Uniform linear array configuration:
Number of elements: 32
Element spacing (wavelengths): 1
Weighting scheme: uniform
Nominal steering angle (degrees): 30
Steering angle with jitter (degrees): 31.53
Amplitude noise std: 0.05
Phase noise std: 0.05

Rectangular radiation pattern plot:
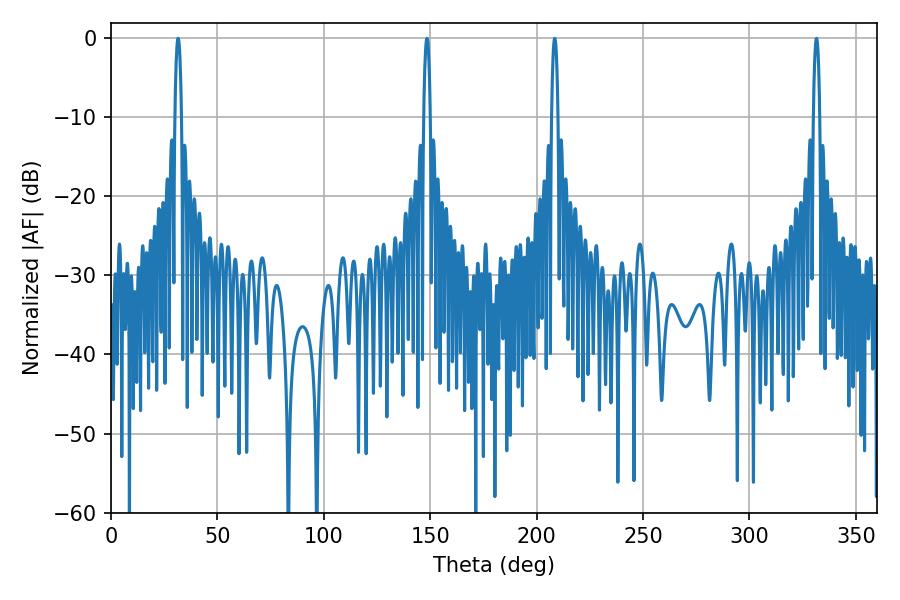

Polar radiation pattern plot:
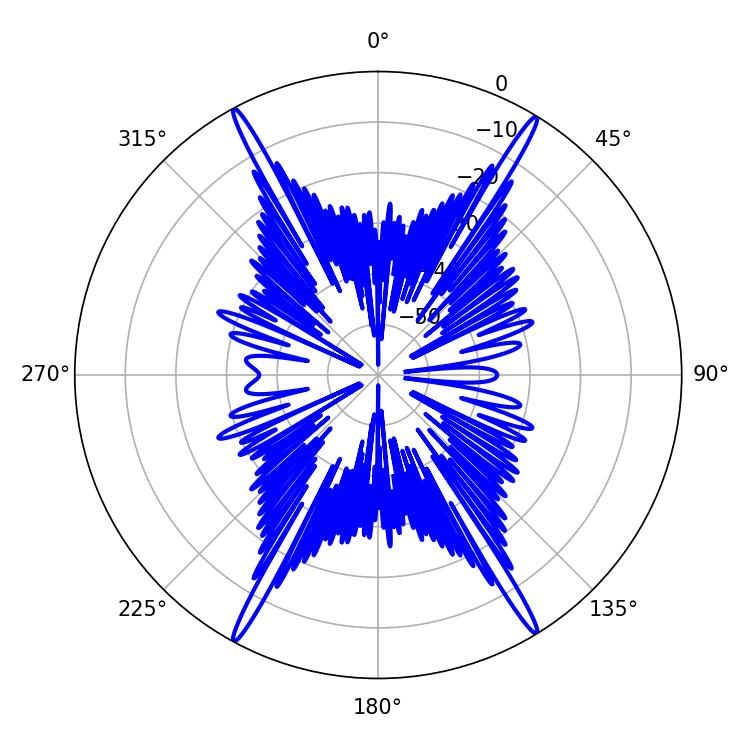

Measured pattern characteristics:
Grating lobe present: TRUE
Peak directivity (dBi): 26.708
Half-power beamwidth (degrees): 1.62
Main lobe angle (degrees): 148.5